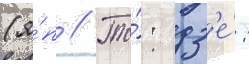
(я́п // То́: дз'е́: